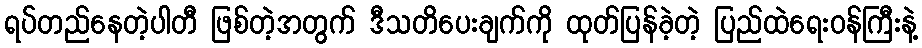
ရပ်တည်နေတဲ့ပါတီ ဖြစ်တဲ့အတွက် ဒီသတိပေးချက်ကို ထုတ်ပြန်ခဲ့တဲ့ ပြည်ထဲရေးဝန်ကြီးနဲ့